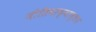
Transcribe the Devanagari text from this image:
नीतिवाक्यामृतम